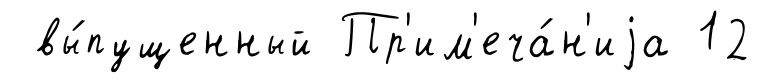
вы́пущенный Пр'им'еча́н'иjа 12